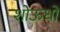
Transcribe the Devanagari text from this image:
शोऊधो